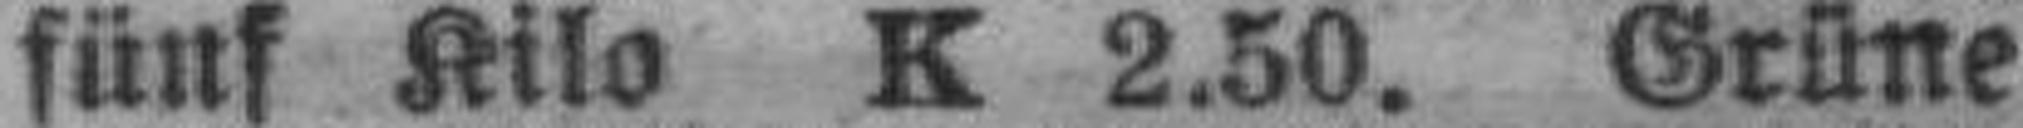
fünf Kilo K 2.50. Grüne